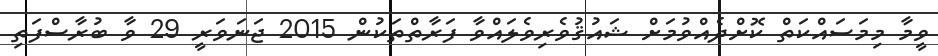
ވީމާ މިމަސައްކަތް ކޮށްދެއްވުމަށް ޝައުޤުވެރިވެލައްވާ ފަރާތްތަކުން 2015 ޖަނަވަރީ 29 ވާ ބުރާސްފަތި